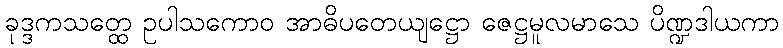
ခုဒ္ဒကသတ္ထေ ဥပါသကောဝ အာဓိပတေယျဋ္ဌော ဇေဋ္ဌမူလမာသေ ပိဏ္ဍဒါယကာ